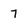
Character: 7